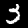
Digit: 3